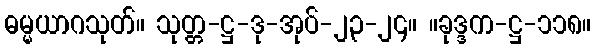
ဓမ္မယာဂသုတ်။ သုတ္တ-ဋ္ဌ-ဒု-အုပ်-၂၃-၂၄။ ။ခုဒ္ဒက-ဋ္ဌ-၁၁၈။